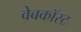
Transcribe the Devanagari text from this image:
वेबकॉस्ट